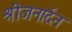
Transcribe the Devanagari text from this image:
श्रीजनार्दन